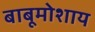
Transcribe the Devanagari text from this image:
बाबूमोशाय